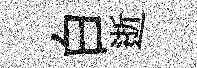
白逝